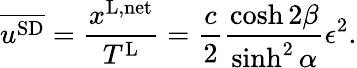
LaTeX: \overline{{u^{\textnormal{SD}}}}=\frac{x^{\textnormal{L,net}}}{T^{\textnormal{L}}}=\frac{c}{2}\frac{\cosh 2\beta}{\sinh^{2}\alpha}\epsilon^{2}.